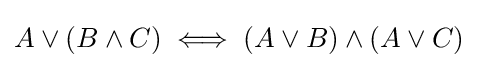
A\lor (B\land C)\iff (A\lor B)\land (A\lor C)